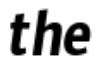
the